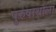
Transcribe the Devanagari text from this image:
पुरुषार्थाला